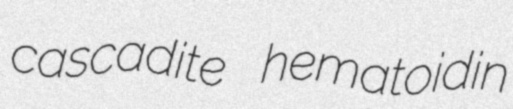
cascadite hematoidin